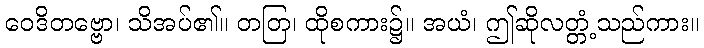
ဝေဒိတဗ္ဗော၊ သိအပ်၏။ တတြ၊ ထိုစကား၌။ အယံ၊ ဤဆိုလတ္တံ့သည်ကား။